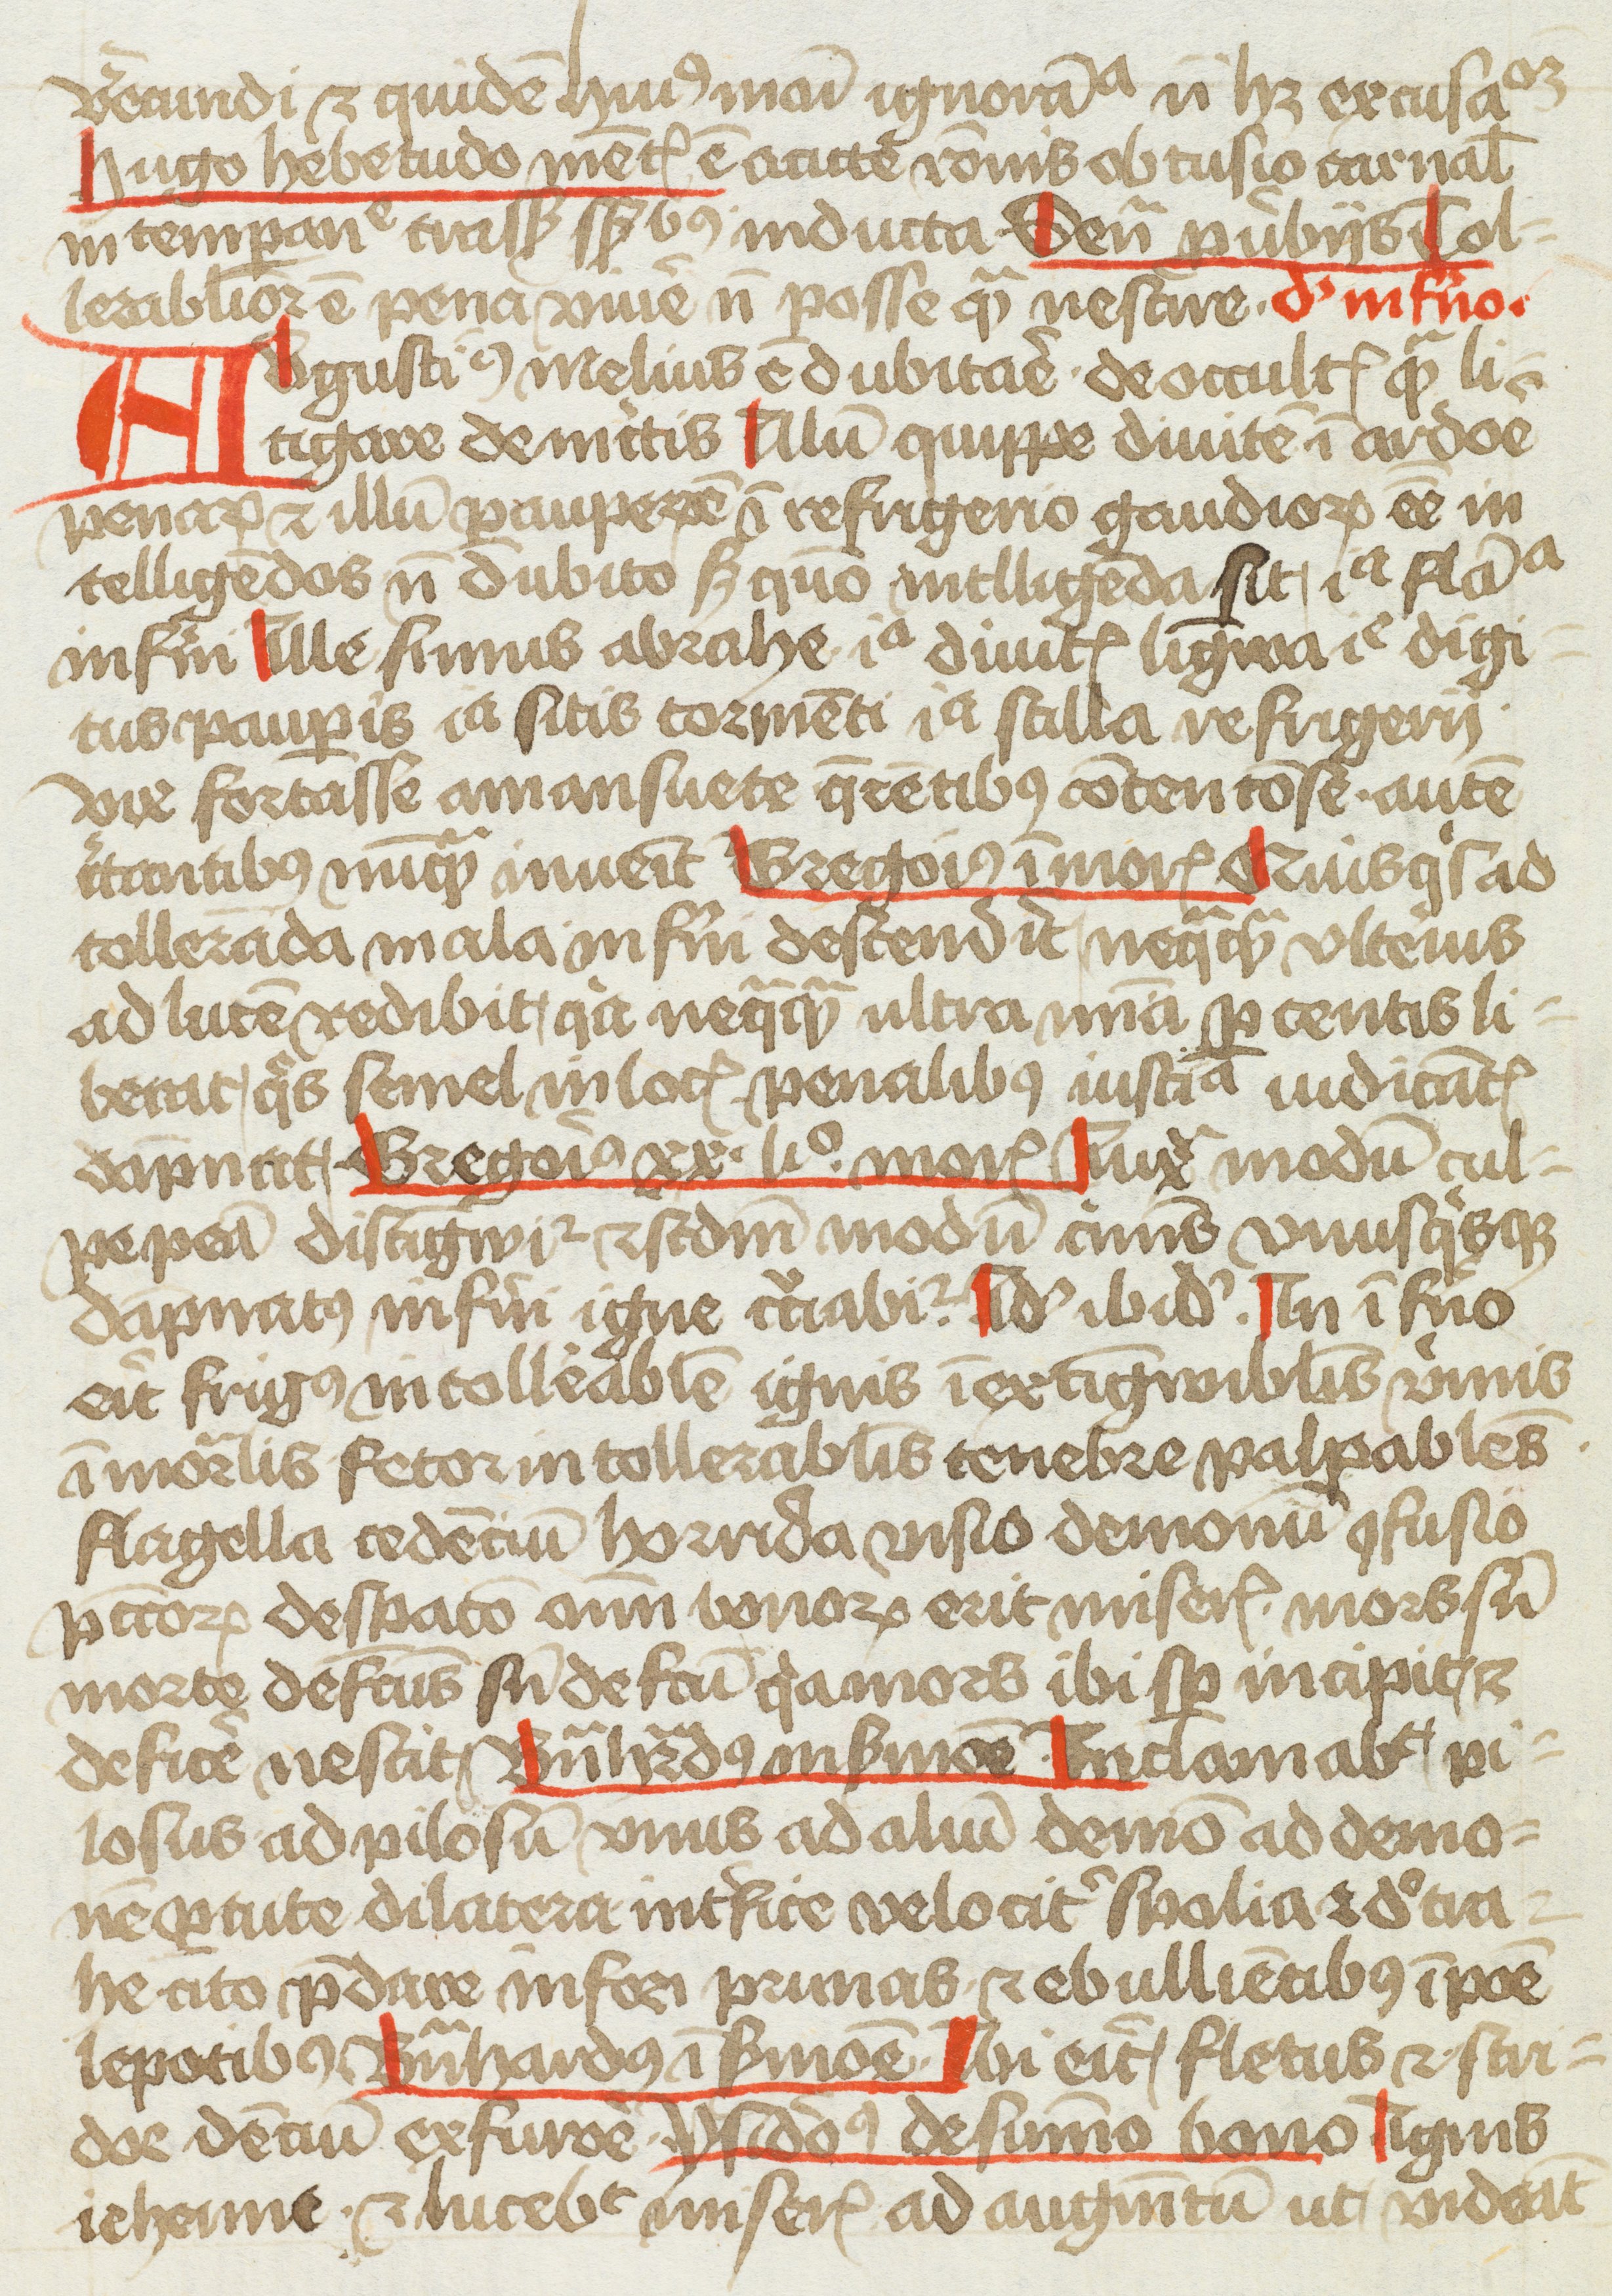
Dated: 1400–1499